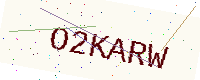
Text: O2KARW